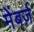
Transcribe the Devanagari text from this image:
मेंबर्ज़